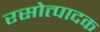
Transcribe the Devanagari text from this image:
रसोत्पादक